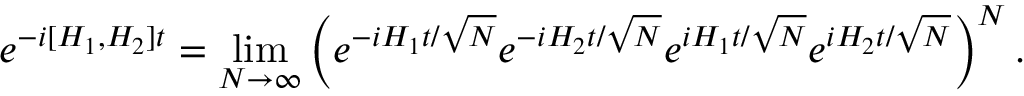
e ^ { - i [ H _ { 1 } , H _ { 2 } ] t } = \operatorname* { l i m } _ { { N \to \infty } } \left( e ^ { - i H _ { 1 } t / \sqrt { N } } e ^ { - i H _ { 2 } t / \sqrt { N } } e ^ { i H _ { 1 } t / \sqrt { N } } e ^ { i H _ { 2 } t / \sqrt { N } } \right) ^ { N } .